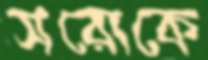
সরোকে